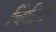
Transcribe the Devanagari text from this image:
चिंतित